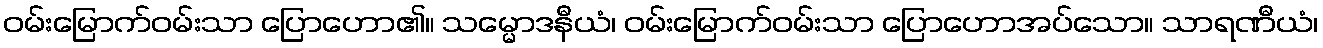
ဝမ်းမြောက်ဝမ်းသာ ပြောဟော၏။ သမ္မောဒနီယံ၊ ဝမ်းမြောက်ဝမ်းသာ ပြောဟောအပ်သော။ သာရဏီယံ၊